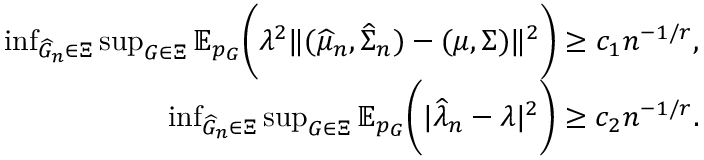
\begin{array} { r } { \operatorname* { i n f } _ { \widehat { G } _ { n } \in \Xi } \operatorname* { s u p } _ { G \in \Xi } \mathbb { E } _ { p _ { G } } \biggr ( \lambda ^ { 2 } \| ( \widehat { \mu } _ { n } , \widehat { \Sigma } _ { n } ) - ( \mu , \Sigma ) \| ^ { 2 } \biggr ) \geq c _ { 1 } n ^ { - 1 / r } , } \\ { \operatorname* { i n f } _ { \widehat { G } _ { n } \in \Xi } \operatorname* { s u p } _ { G \in \Xi } \mathbb { E } _ { p _ { G } } \biggr ( | \widehat { \lambda } _ { n } - \lambda | ^ { 2 } \biggr ) \geq c _ { 2 } n ^ { - 1 / r } . } \end{array}